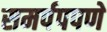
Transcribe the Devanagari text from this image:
समर्पपपणे